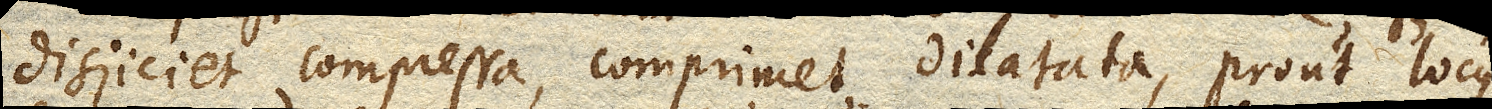
disjiciet compressa, comprimet dilatata, prout locus